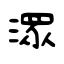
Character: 潀